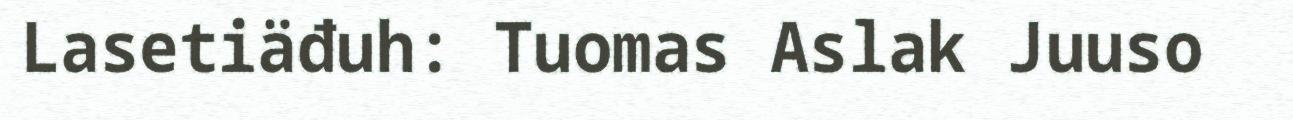
Lasetiäđuh: Tuomas Aslak Juuso